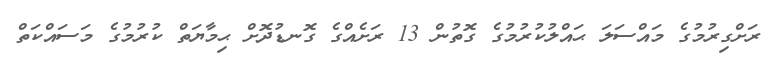
ރަށްގިރުމުގެ މައްސަލަ ޙައްލުކުރުމުގެ ގޮތުން 13 ރަށެއްގެ ގޮނޑުދޮށް ޙިމާޔަތް ކުރުމުގެ މަސައްކަތް